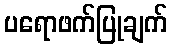
ပရောဖက်ပြုချက်